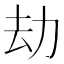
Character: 劫